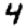
Digit: 4